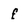
Character: f